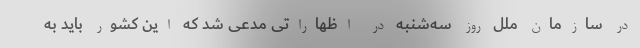
در سازمان ملل روز سه‌شنبه در اظهاراتی مدعی شد که این کشور باید به